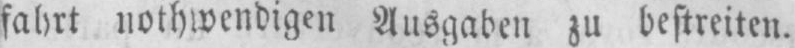
fahrt nothwendigen Ausgaben zu bestreiten.